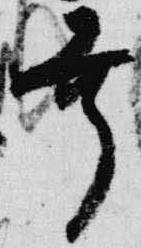
幸